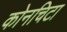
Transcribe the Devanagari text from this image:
कोनचिटा